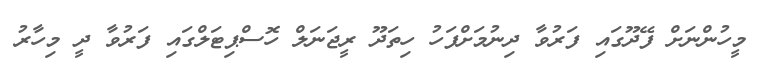
މީހުންނަށް ފޭދޫގައި ފަރުވާ ދިނުމަށްފަހު ހިތަދޫ ރީޖަނަލް ހޮސްޕިޓަލްގައި ފަރުވާ ދީ މިހާރު